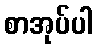
စာအုပ်ပါ